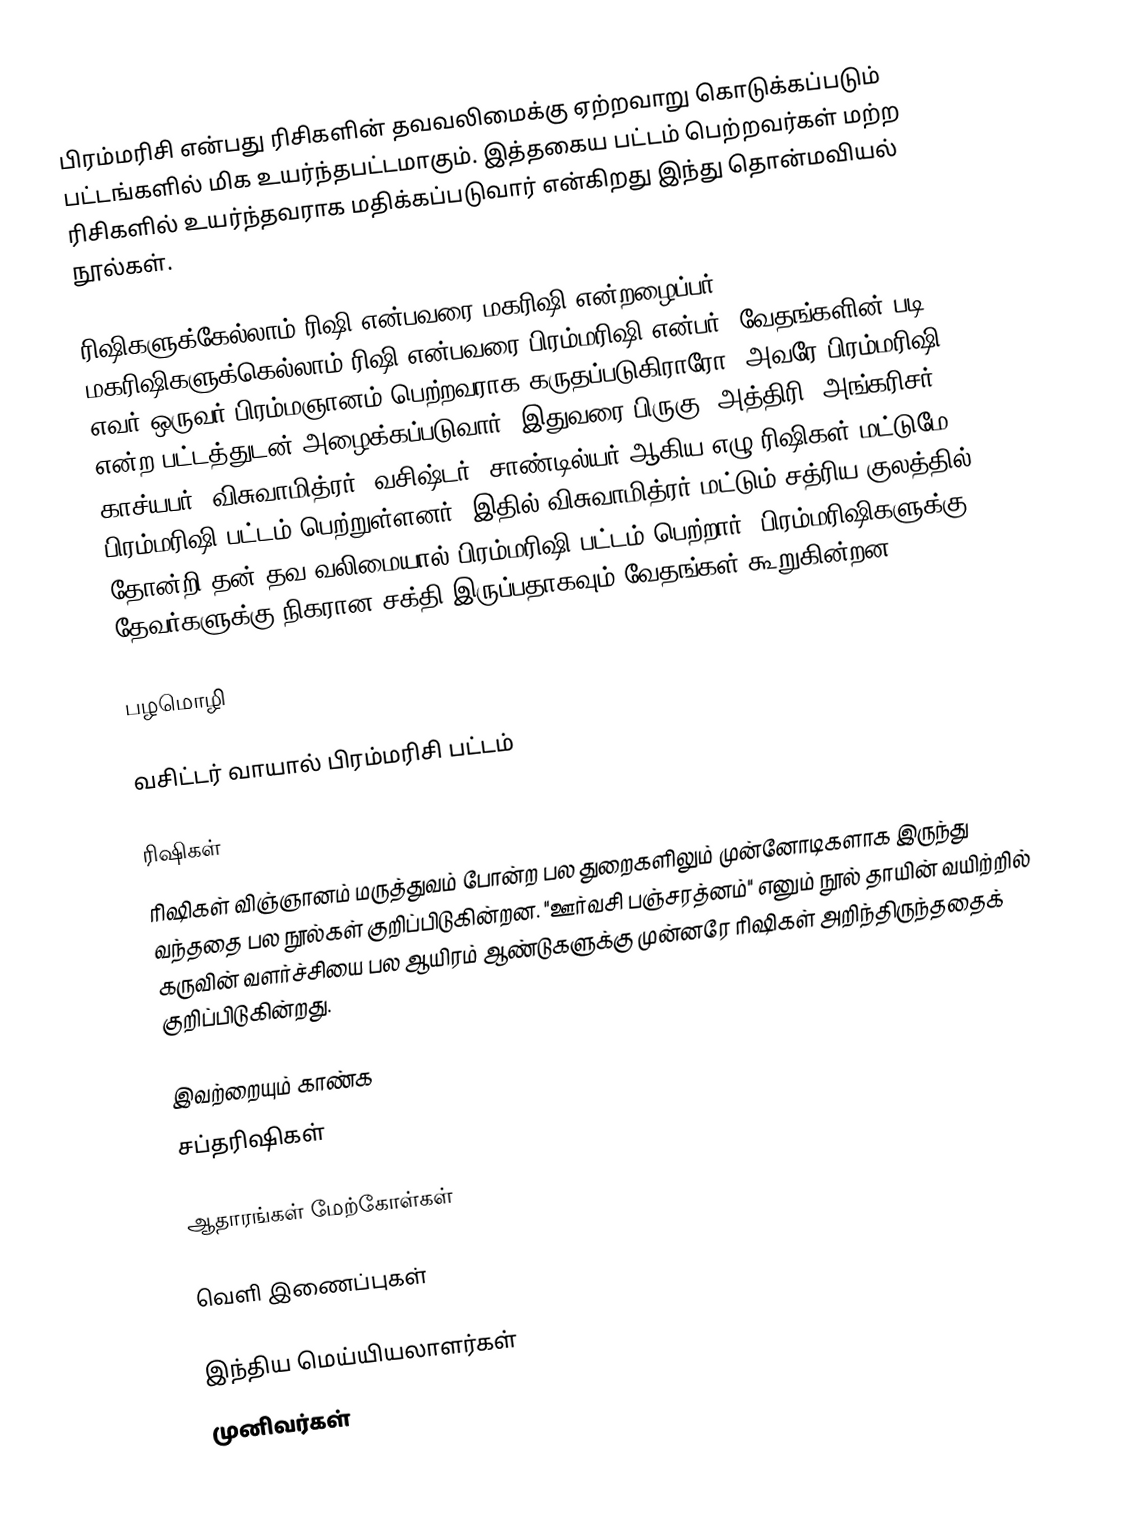
பிரம்மரிசி என்பது ரிசிகளின் தவவலிமைக்கு ஏற்றவாறு கொடுக்கப்படும் பட்டங்களில் மிக உயர்ந்தபட்டமாகும். இத்தகைய பட்டம் பெற்றவர்கள் மற்ற ரிசிகளில் உயர்ந்தவராக மதிக்கப்படுவார் என்கிறது இந்து தொன்மவியல் நூல்கள்.

ரிஷிகளுக்கேல்லாம் ரிஷி என்பவரை மகரிஷி என்றழைப்பர். மகரிஷிகளுக்கெல்லாம் ரிஷி என்பவரை பிரம்மரிஷி என்பர். வேதங்களின் படி எவர் ஒருவர் பிரம்மஞானம் பெற்றவராக கருதப்படுகிராரோ, அவரே பிரம்மரிஷி என்ற பட்டத்துடன் அழைக்கப்படுவார். இதுவரை பிருகு, அத்திரி, அங்கரிசர் , காச்யபர், விசுவாமித்ரர், வசிஷ்டர், சாண்டில்யர் ஆகிய எழு ரிஷிகள் மட்டுமே.  பிரம்மரிஷி பட்டம் பெற்றுள்ளனர். இதில்  விசுவாமித்ரர் மட்டும் சத்ரிய குலத்தில் தோன்றி தன் தவ வலிமையால் பிரம்மரிஷி பட்டம் பெற்றார். பிரம்மரிஷிகளுக்கு தேவர்களுக்கு நிகரான சக்தி இருப்பதாகவும் வேதங்கள் கூறுகின்றன.

பழமொழி

 வசிட்டர் வாயால் பிரம்மரிசி பட்டம்

ரிஷிகள்
ரிஷிகள் விஞ்ஞானம் மருத்துவம் போன்ற பல துறைகளிலும் முன்னோடிகளாக இருந்து வந்ததை பல நூல்கள் குறிப்பிடுகின்றன. "ஊர்வசி பஞ்சரத்னம்" எனும் நூல் தாயின் வயிற்றில் கருவின் வளர்ச்சியை பல ஆயிரம் ஆண்டுகளுக்கு முன்னரே ரிஷிகள் அறிந்திருந்ததைக் குறிப்பிடுகின்றது.

இவற்றையும் காண்க
 சப்தரிஷிகள்

ஆதாரங்கள் மேற்கோள்கள்

வெளி இணைப்புகள்

இந்திய மெய்யியலாளர்கள்
முனிவர்கள்